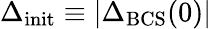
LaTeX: \Delta_{\mathrm{init}}\equiv|\Delta_{\mathrm{BCS}}(0)|